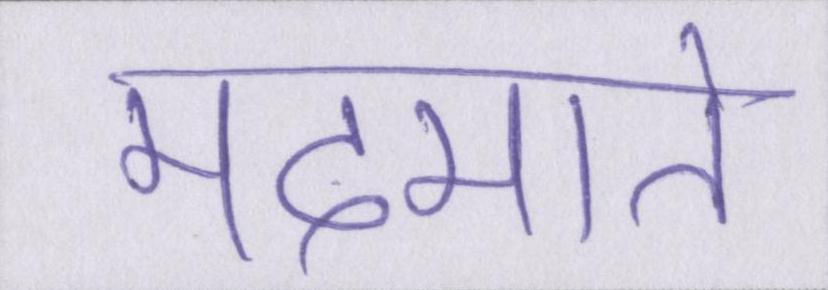
मदमाते